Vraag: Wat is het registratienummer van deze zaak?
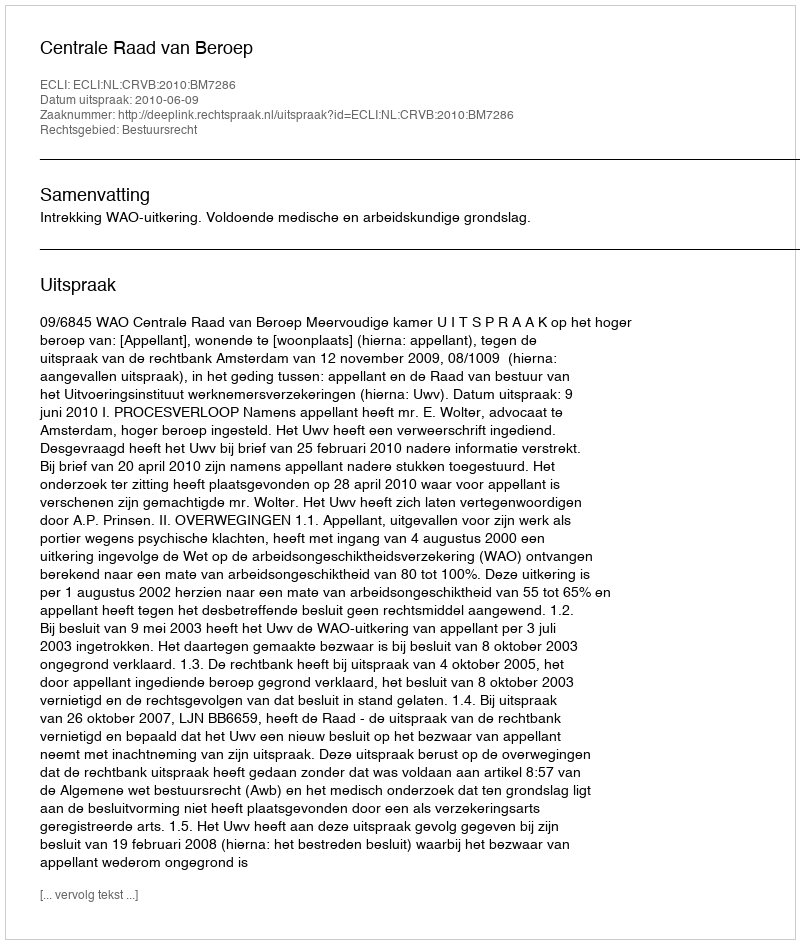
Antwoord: http://deeplink.rechtspraak.nl/uitspraak?id=ECLI:NL:CRVB:2010:BM7286